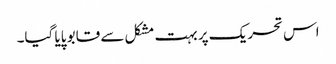
اس تحریک پر بہت مشکل سے قابو پایا گیا۔